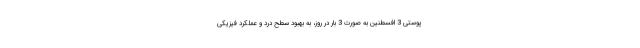
پوستی 3 افسطنین به صورت 3 بار در روز، به بهبود سطح درد و عملکرد فیزیکی